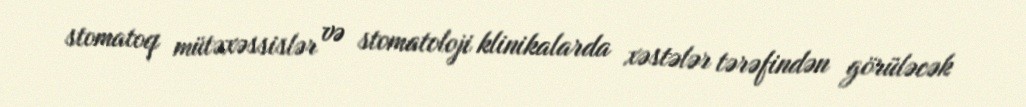
stomatoq mütəxəssislər və stomatoloji klinikalarda xəstələr tərəfindən görüləcək